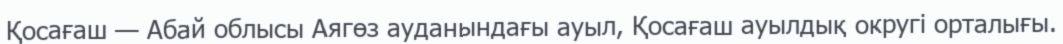
Қосағаш — Абай облысы Аягөз ауданындағы ауыл, Қосағаш ауылдық округі орталығы.